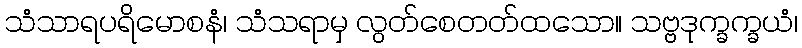
သံသာရပရိမောစနံ၊ သံသရာမှ လွတ်စေတတ်ထသော။ သဗ္ဗဒုက္ခက္ခယံ၊